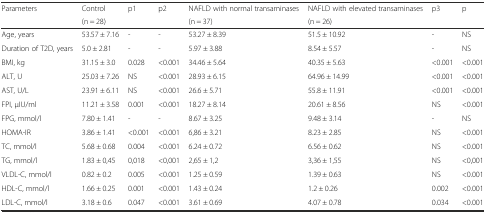
<table><thead><tr><td><b>Parameters</b></td><td><b>Control</b></td><td><b>p1</b></td><td><b>p2</b></td><td><b>NAFLD with normal transaminases</b></td><td><b>NAFLD with elevated transaminases</b></td><td><b>p3</b></td><td><b>p</b></td></tr><tr><td></td><td><b>(n = 28)</b></td><td></td><td></td><td><b>(n = 37)</b></td><td><b>(n = 26)</b></td><td></td><td></td></tr></thead><tbody><tr><td>Age, years</td><td>53.57 ± 7.16</td><td>-</td><td>-</td><td>53.27 ± 8.39</td><td>51.5 ± 10.92</td><td>-</td><td>NS</td></tr><tr><td>Duration of T2D, years</td><td>5.0 ± 2.81</td><td>-</td><td>-</td><td>5.97 ± 3.88</td><td>8.54 ± 5.57</td><td>-</td><td>NS</td></tr><tr><td>BMI, kg</td><td>31.15 ± 3.0</td><td>0.028</td><td>&lt;0.001</td><td>34.46 ± 5.64</td><td>40.35 ± 5.63</td><td>&lt;0.001</td><td>&lt;0.001</td></tr><tr><td>ALT, U</td><td>25.03 ± 7.26</td><td>NS</td><td>&lt;0.001</td><td>28.93 ± 6.15</td><td>64.96 ± 14.99</td><td>&lt;0.001</td><td>&lt;0.001</td></tr><tr><td>AST, U/L</td><td>23.91 ± 6.11</td><td>NS</td><td>&lt;0.001</td><td>26.6 ± 5.71</td><td>55.8 ± 11.91</td><td>&lt;0.001</td><td>&lt;0.001</td></tr><tr><td>FPI, μIU/ml</td><td>11.21 ± 3.58</td><td>0.001</td><td>&lt;0.001</td><td>18.27 ± 8.14</td><td>20.61 ± 8.56</td><td>NS</td><td>&lt;0.001</td></tr><tr><td>FPG, mmol/l</td><td>7.80 ± 1.41</td><td>-</td><td>-</td><td>8.67 ± 3.25</td><td>9.48 ± 3.14</td><td>-</td><td>NS</td></tr><tr><td>HOMA-IR</td><td>3.86 ± 1.41</td><td>&lt;0.001</td><td>&lt;0.001</td><td>6,86 ± 3.21</td><td>8.23 ± 2.85</td><td>NS</td><td>&lt;0.001</td></tr><tr><td>TC, mmol/l</td><td>5.68 ± 0.68</td><td>0.004</td><td>&lt;0.001</td><td>6.24 ± 0.72</td><td>6.56 ± 0.62</td><td>NS</td><td>&lt;0.001</td></tr><tr><td>TG, mmol/l</td><td>1.83 ± 0,45</td><td>0,018</td><td>&lt;0,001</td><td>2,65 ± 1,2</td><td>3,36 ± 1,55</td><td>NS</td><td>&lt;0,001</td></tr><tr><td>VLDL-C, mmol/l</td><td>0.82 ± 0.2</td><td>0.005</td><td>&lt;0.001</td><td>1.25 ± 0.59</td><td>1.39 ± 0.63</td><td>NS</td><td>&lt;0.001</td></tr><tr><td>HDL-C, mmol/l</td><td>1.66 ± 0.25</td><td>0.001</td><td>&lt;0.001</td><td>1.43 ± 0.24</td><td>1.2 ± 0.26</td><td>0.002</td><td>&lt;0.001</td></tr><tr><td>LDL-C, mmol/l</td><td>3.18 ± 0.6</td><td>0.047</td><td>&lt;0.001</td><td>3.61 ± 0.69</td><td>4.07 ± 0.78</td><td>0.034</td><td>&lt;0.001</td></tr></tbody></table>